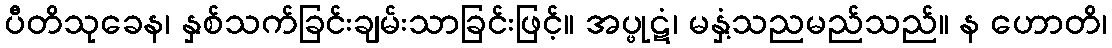
ပီတိသုခေန၊ နှစ်သက်ခြင်းချမ်းသာခြင်းဖြင့်။ အပ္ဖုဋံ၊ မနှံ့သညမည်သည်။ န ဟောတိ၊